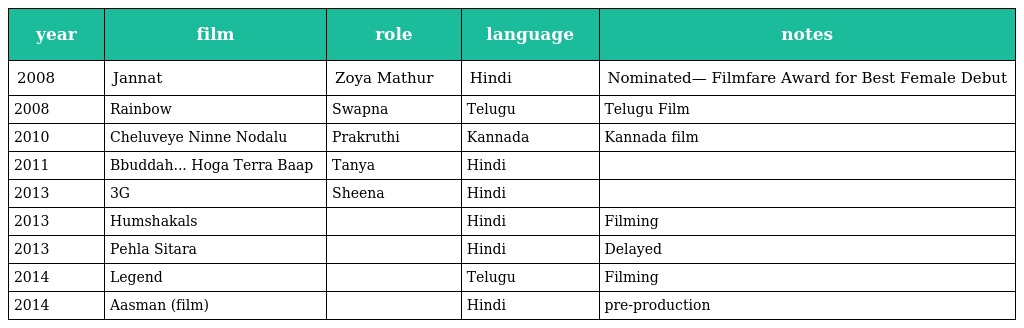
| year | film | role | language | notes |
 | --- | --- | --- | --- | --- |
 | 2008 | Jannat | Zoya Mathur | Hindi | Nominated— Filmfare Award for Best Female Debut |
 | 2008 | Rainbow | Swapna | Telugu | Telugu Film |
 | 2010 | Cheluveye Ninne Nodalu | Prakruthi | Kannada | Kannada film |
 | 2011 | Bbuddah... Hoga Terra Baap | Tanya | Hindi |  |
 | 2013 | 3G | Sheena | Hindi |  |
 | 2013 | Humshakals |  | Hindi | Filming |
 | 2013 | Pehla Sitara |  | Hindi | Delayed |
 | 2014 | Legend |  | Telugu | Filming |
 | 2014 | Aasman (film) |  | Hindi | pre-production |